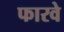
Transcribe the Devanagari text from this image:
फारवे